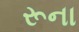
રૂના